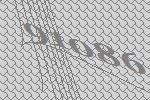
91086